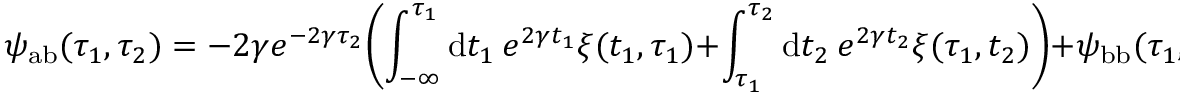
\psi _ { \mathrm { a b } } ( \tau _ { 1 } , \tau _ { 2 } ) = - 2 \gamma e ^ { - 2 \gamma \tau _ { 2 } } \Biggl ( \int _ { - \infty } ^ { \tau _ { 1 } } \mathrm { d } t _ { 1 } ~ e ^ { 2 \gamma t _ { 1 } } \xi ( t _ { 1 } , \tau _ { 1 } ) + \int _ { \tau _ { 1 } } ^ { \tau _ { 2 } } \mathrm { d } t _ { 2 } ~ e ^ { 2 \gamma t _ { 2 } } \xi ( \tau _ { 1 } , t _ { 2 } ) \Biggl ) + \psi _ { \mathrm { b b } } ( \tau _ { 1 } , \tau _ { 2 } )